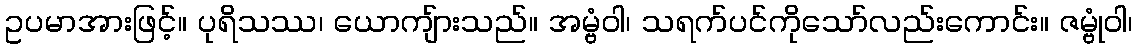
ဥပမာအားဖြင့်။ ပုရိသဿ၊ ယောကျ်ားသည်။ အမ္ဗံဝါ၊ သရက်ပင်ကိုသော်လည်းကောင်း။ ဇမ္ဗုံဝါ၊